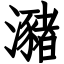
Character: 瀦